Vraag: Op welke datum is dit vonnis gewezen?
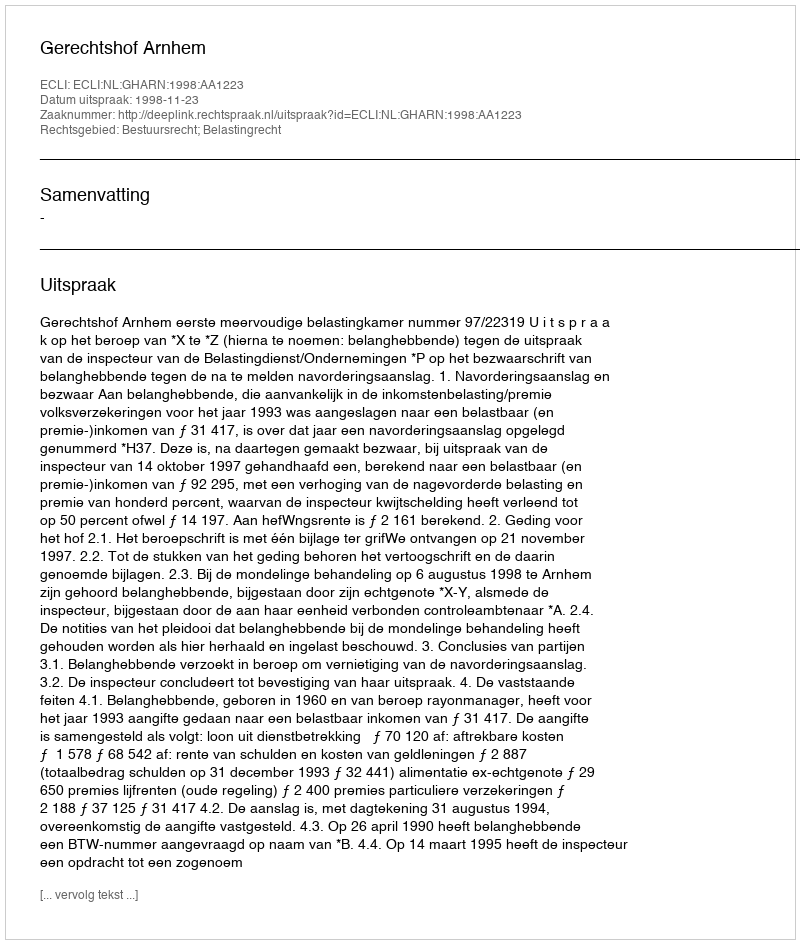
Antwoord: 1998-11-23